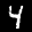
Label: 4